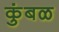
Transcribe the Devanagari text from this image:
कुंबळ